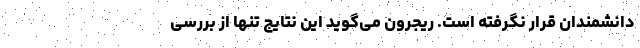
دانشمندان قرار نگرفته است. ریجرون می‌گوید این نتایج تنها از بررسی